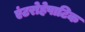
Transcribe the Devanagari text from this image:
एंटरोहेपाटिक